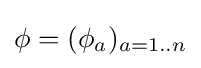
\phi =(\phi _{a})_{a=1..n}